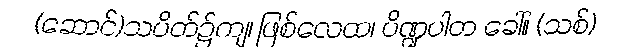
(ဆောင်)သပိတ်၌ကျ၊ ဖြစ်လေထ၊ ပိဏ္ဍပါတ ခေါ်။ (သစ်)